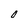
Character: 0